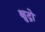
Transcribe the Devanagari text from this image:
क्षुद्रो